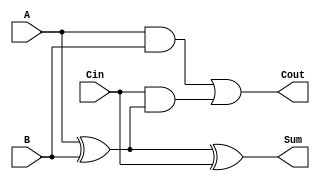
module FullAdder (
    input  wire A,     // Input bit 1
    input  wire B,     // Input bit 2
    input  wire Cin,   // Carry-in bit
    output wire Sum,   // Sum output
    output wire Cout   // Carry-out output
);

// Sum calculation: Sum = A XOR B XOR Cin
assign Sum = A ^ B ^ Cin;

// Carry-out calculation: Cout = (A AND B) OR (Cin AND (A XOR B))
assign Cout = (A & B) | (Cin & (A ^ B));

endmodule